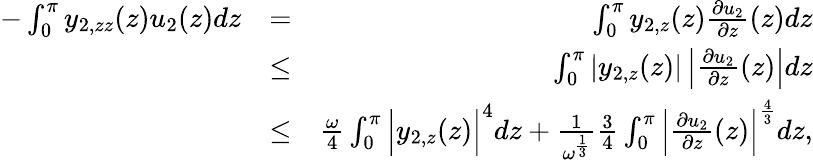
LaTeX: \begin{array}{rlr}{-\int_{0}^{\pi}{y_{2,zz}(z)u_{2}(z)dz}}&{=}&{\int_{0}^{\pi}{y_{2,z}(z)\frac{\partial u_{2}}{\partial z}(z)dz}}\\ &{\leq}&{\int_{0}^{\pi}{\left|y_{2,z}(z)\right|\left|\frac{\partial u_{2}}{\partial z}(z)\right|dz}}\\ &{\leq}&{\frac{\omega}{4}\int_{0}^{\pi}{\Big|y_{2,z}(z)\Big|^{4}dz}+\frac{1}{\omega^{\frac{1}{3}}}\frac{3}{4}\int_{0}^{\pi}{\Big|\frac{\partial u_{2}}{\partial z}(z)\Big|^{\frac{4}{3}}dz},}\end{array}